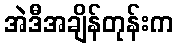
အဲဒီအချိန်တုန်းက